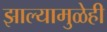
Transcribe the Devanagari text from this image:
झाल्यामुळेही